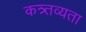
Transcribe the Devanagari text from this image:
कत्र्तव्यता